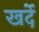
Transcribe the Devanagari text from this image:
खर्दे